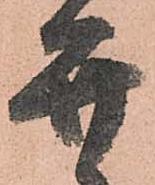
弁